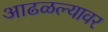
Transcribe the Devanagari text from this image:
आढळल्यावर